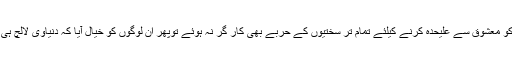
پھر جب عاشق کو معشوق سے علیحدہ کرنے کیلئے تمام تر سختیوں کے حربے بھی کار گر نہ ہوئے توپھر ان لوگوں کو خیال آیا کہ دنیاوی لالچ ہی دے کر دیکھیں۔